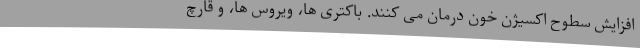
افزایش سطوح اکسیژن خون درمان می کنند. باکتری ها، ویروس ها، و قارچ